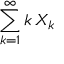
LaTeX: \sum _ { k = 1 } ^ { \infty } k \, X _ { k }